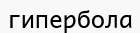
гипербола